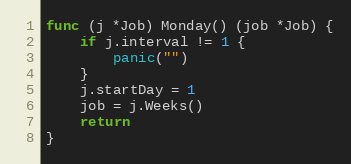
Language: Go
func (j *Job) Monday() (job *Job) {
	if j.interval != 1 {
		panic("")
	}
	j.startDay = 1
	job = j.Weeks()
	return
}